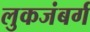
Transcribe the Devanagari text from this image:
लुकजंबर्ग